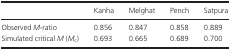
<table><thead><tr><td></td><td><b>Kanha</b></td><td><b>Melghat</b></td><td><b>Pench</b></td><td><b>Satpura</b></td></tr></thead><tbody><tr><td>Observed <i>M</i>-ratio</td><td>0.856</td><td>0.847</td><td>0.858</td><td>0.889</td></tr><tr><td>Simulated critical <i>M</i> (<i>M</i><sub>c</sub>)</td><td>0.693</td><td>0.665</td><td>0.689</td><td>0.700</td></tr></tbody></table>